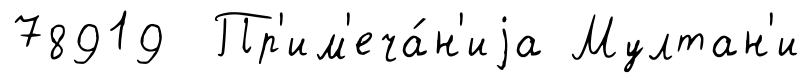
78919 Пр'им'еча́н'иjа Мултан'и